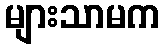
များသာမက